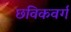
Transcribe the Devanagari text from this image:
छविकवर्ग